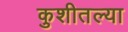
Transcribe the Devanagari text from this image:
कुशीतल्या